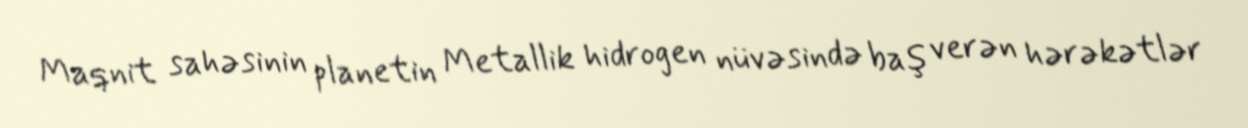
Maqnit sahəsinin planetin Metallik hidrogen nüvəsində baş verən hərəkətlər